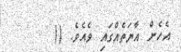
އެހެން އާޔަތެއްގައި ވެއެވެ. ((